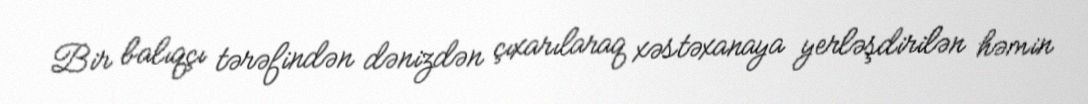
Bir balıqçı tərəfindən dənizdən çıxarılaraq xəstəxanaya yerləşdirilən həmin